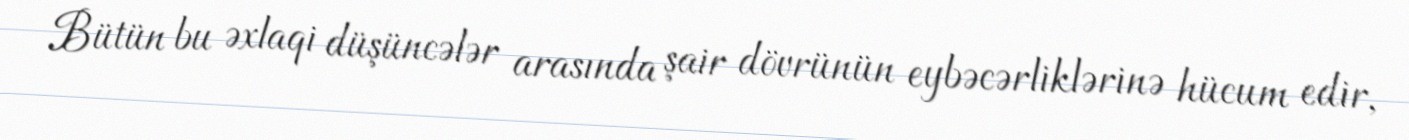
Bütün bu əxlaqi düşüncələr arasında şair dövrünün eybəcərliklərinə hücum edir,